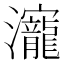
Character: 𰝳